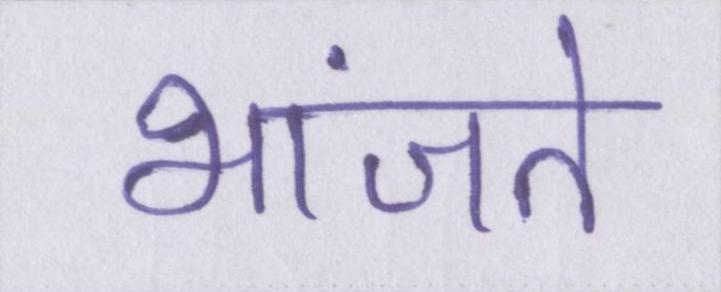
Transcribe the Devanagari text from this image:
भांजते